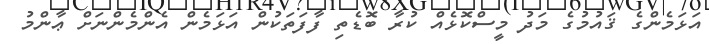
އަޅަމެންގެ ޤައުމުގެ މަދު މީސްކޮޅެއް ކުރާ ބޮޑެތި ފާފަތަކުން އަޅަމެން އެންމެންނަށް ޢާންމު